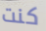
كنت